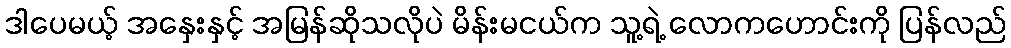
ဒါပေမယ့် အနှေးနှင့် အမြန်ဆိုသလိုပဲ မိန်းမငယ်က သူ့ရဲ့ လောကဟောင်းကို ပြန်လည်